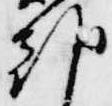
朝